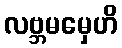
လဗ္ဘမမှေဟိ